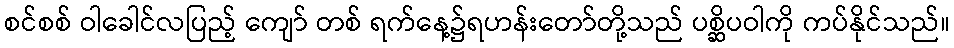
စင်စစ် ဝါခေါင်လပြည့် ကျော် တစ် ရက်နေ့၌ရဟန်းတော်တို့သည် ပစ္ဆိပဝါကို ကပ်နိုင်သည်။